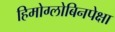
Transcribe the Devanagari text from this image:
हिमोग्लोबिनपेक्षा